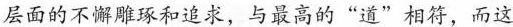
层面的不懈雕琢和追求，与最高的”道”相符，而这